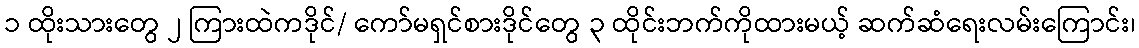
၁ ထိုးသားတွေ ၂ ကြားထဲကဒိုင်/ ကော်မရှင်စားဒိုင်တွေ ၃ ထိုင်းဘက်ကိုထားမယ့် ဆက်ဆံရေးလမ်းကြောင်း၊